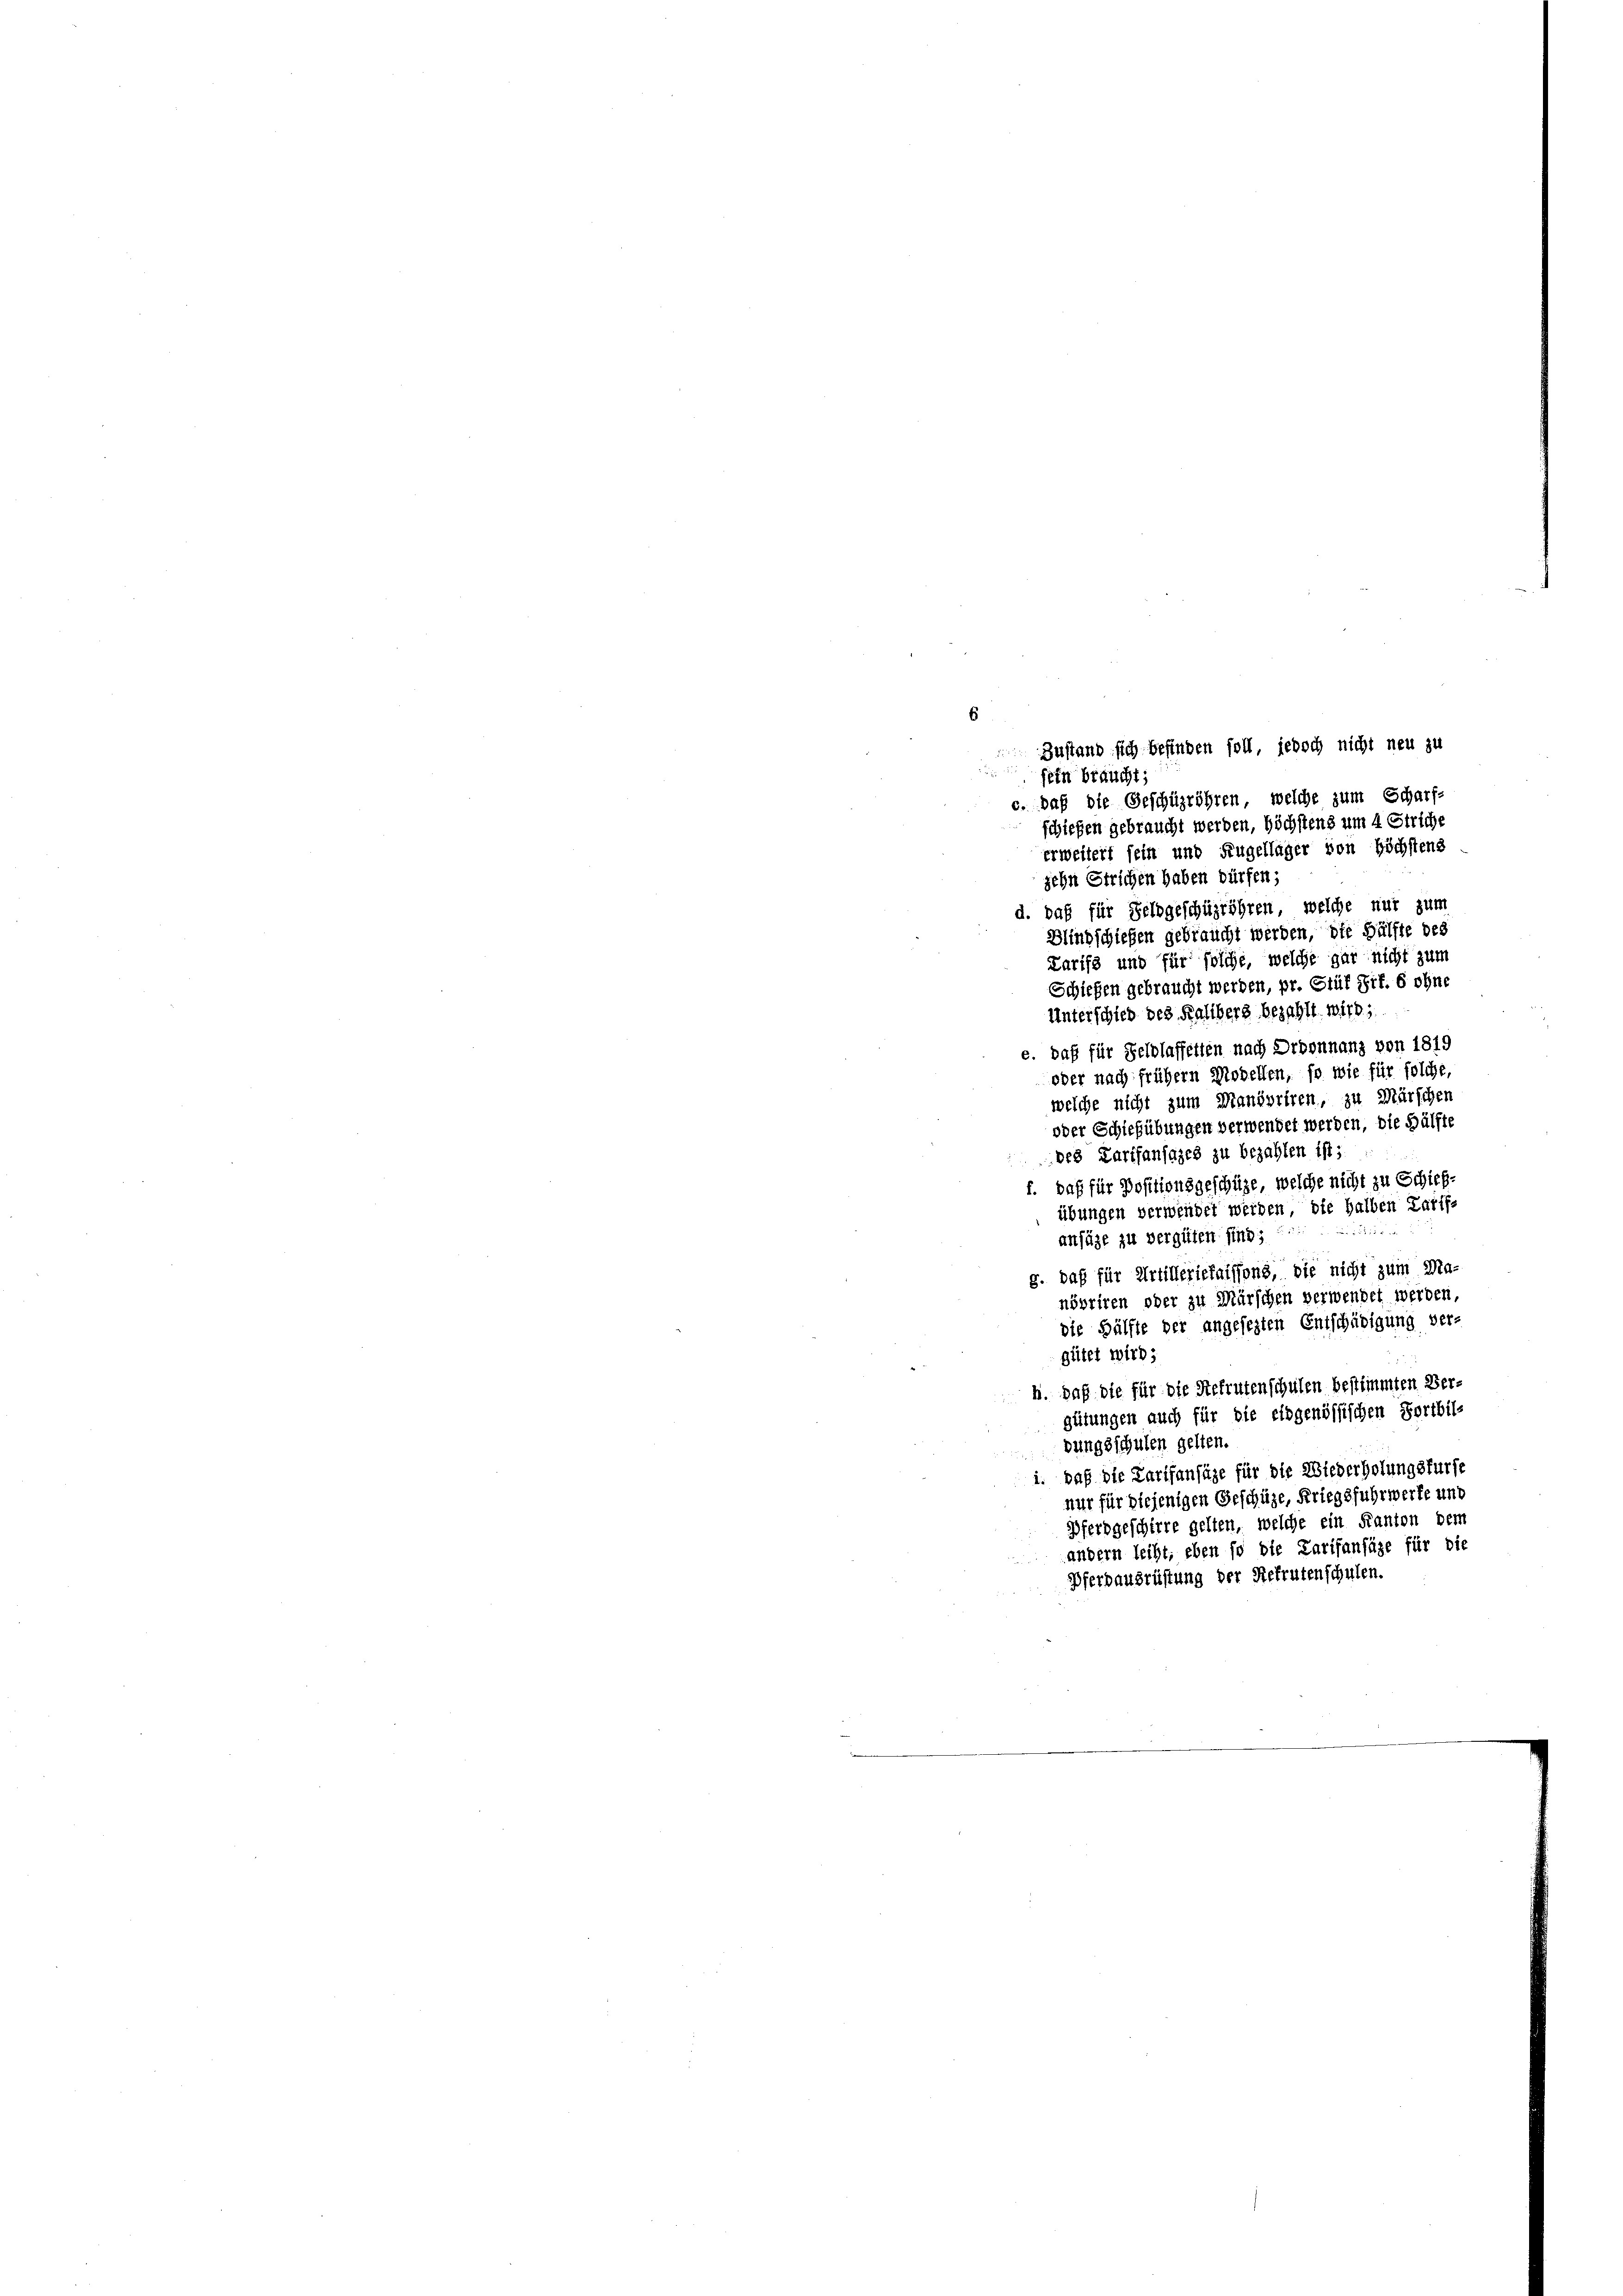
6

Zustand sich befinden soll, jedoch nicht neu zu
fein braucht,
c. daß die Geschüzröhren, welche zum Scharfschießen gebraucht werden, höchstens um 4 Striche
erweitert sein und Fugelläger von Höchstens
zehn Strichen haben dürfen;
d. daß für Feldgeschügröhren, welche nur zum
Blind schießen gebraucht werden, die Hälfte des
Larifs und für solche, welche gar nicht zum
Schiefen gebraucht werden, pr. Stük Zif. 6 ohne
Unterschied des Kalibers bezahlt wird,
e. daß für Felblaffetten nach Droonnanz von 1819
oder nach frühern Modellen, so wie für solche,
welche nicht zum Manövriren, zu Märschen
oder Schießübungen verwendet werden, die Hälfte
des Karifansazes zu bezahlen ist:
f. daß für Positionsgeschütze, welche nicht zu Schick-
übungen verwendet werden, die halben Zarff-
2115 x
ansäge zu vergüten sind;
g. daß für Artilleriefaisions, die nicht zum Ma-
növriren oder zu Märschen verwendet werden,
die Hälfte der angesezten Entschädigung ver-
gütet wird;
h. daß die für die Stefrutenschulen bestimmten Ver-
gütungen auch für die eidgenössischen Fortbil-
dungsschulen gelten.
i. daß die Tarifansähe für die Wiederholungsfürse
nur für diejenigen Geschüze, Kriegsfuhrwerte und
Pferdgeschirre gelten, welche ein Kanton dem
andern leiht; eben so die Tarifanfäze für die
Pferbausrüstung der Rekrutenschulen.